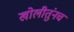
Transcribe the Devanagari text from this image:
खोलीतुंनच